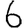
Digit: 6